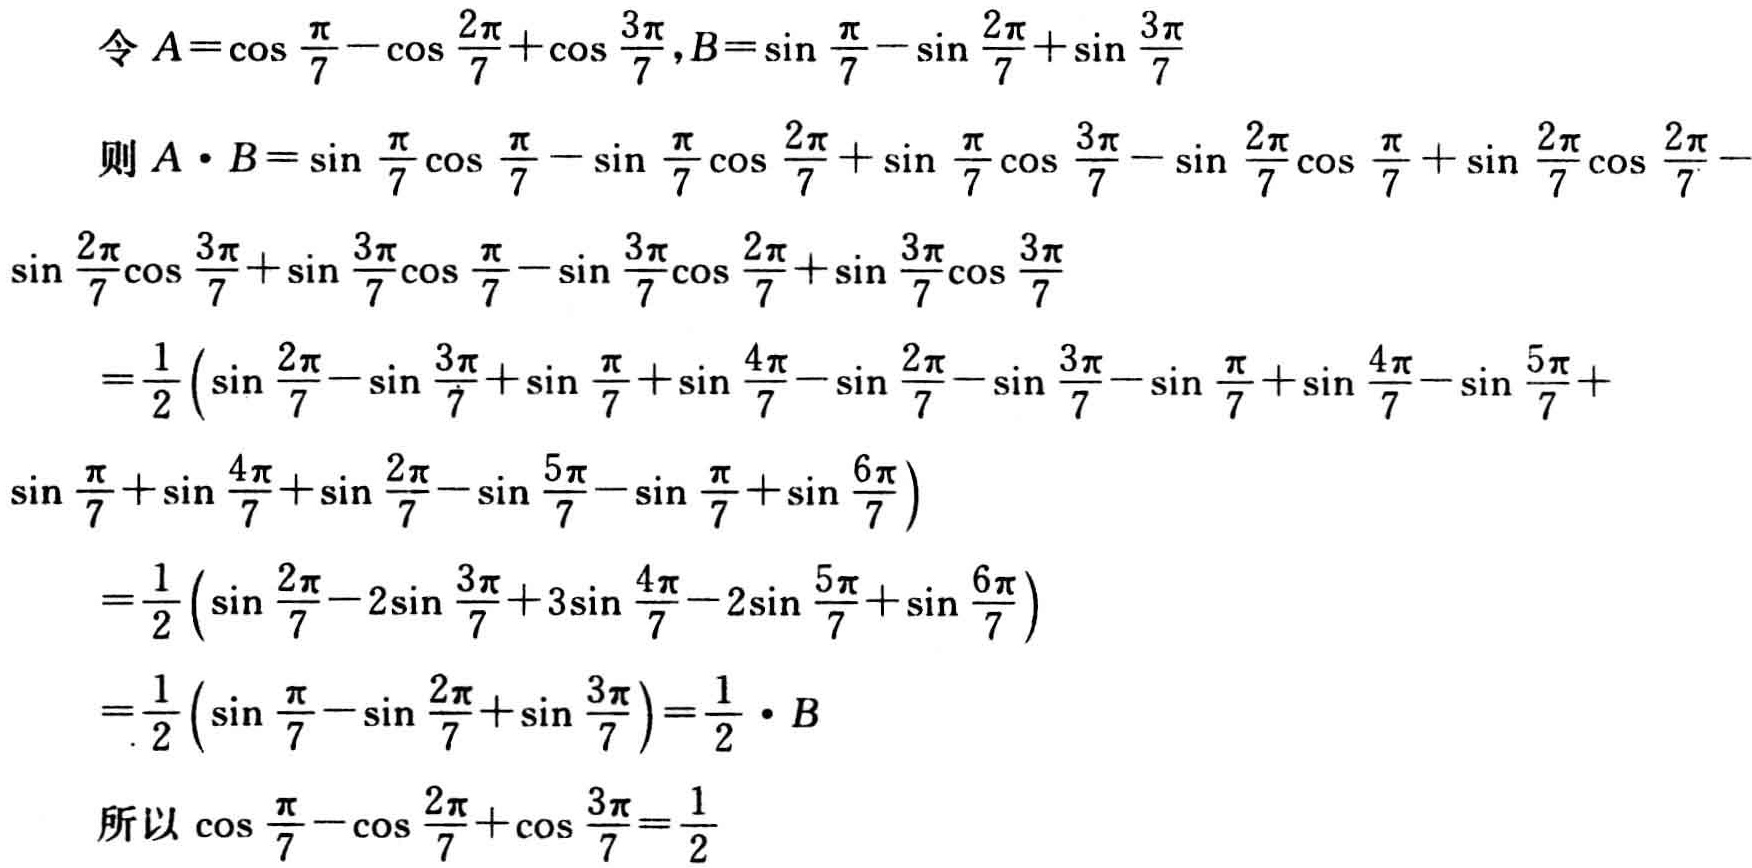
令 \(A = \cos\frac{\pi}{7} - \cos\frac{2\pi}{7} + \cos\frac{3\pi}{7}, B = \sin\frac{\pi}{7} - \sin\frac{2\pi}{7} + \sin\frac{3\pi}{7}\)

则 \(A\cdot B=\sin\frac{\pi}{7}\cos\frac{\pi}{7}-\sin\frac{\pi}{7}\cos\frac{2\pi}{7}+\sin\frac{\pi}{7}\cos\frac{3\pi}{7}-\sin\frac{2\pi}{7}\cos\frac{\pi}{7}+\sin\frac{2\pi}{7}\cos\frac{2\pi}{7}-\sin\frac{2\pi}{7}\cos\frac{3\pi}{7}+\sin\frac{3\pi}{7}\cos\frac{\pi}{7}-\sin\frac{3\pi}{7}\cos\frac{2\pi}{7}+\sin\frac{3\pi}{7}\cos\frac{3\pi}{7}\)

\(=\frac{1}{2}\left(\sin\frac{2\pi}{7}-\sin\frac{3\pi}{7}+\sin\frac{\pi}{7}+\sin\frac{4\pi}{7}-\sin\frac{2\pi}{7}-\sin\frac{3\pi}{7}-\sin\frac{\pi}{7}+\sin\frac{4\pi}{7}-\sin\frac{5\pi}{7}+\sin\frac{\pi}{7}+\sin\frac{4\pi}{7}+\sin\frac{2\pi}{7}-\sin\frac{5\pi}{7}-\sin\frac{\pi}{7}+\sin\frac{6\pi}{7}\right)\)

\(=\frac{1}{2}\left(\sin\frac{2\pi}{7}-2\sin\frac{3\pi}{7}+3\sin\frac{4\pi}{7}-2\sin\frac{5\pi}{7}+\sin\frac{6\pi}{7}\right)\)

\(=\frac{1}{2}\left(\sin\frac{\pi}{7}-\sin\frac{2\pi}{7}+\sin\frac{3\pi}{7}\right)=\frac{1}{2}\cdot B\)

所以 \(\cos\frac{\pi}{7} - \cos\frac{2\pi}{7} + \cos\frac{3\pi}{7}=\frac{1}{2}\)